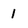
Character: 1